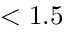
< 1 . 5